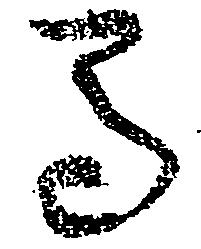
馬